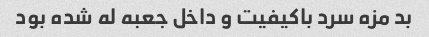
بد مزه سرد باکیفیت و داخل جعبه له شده بود